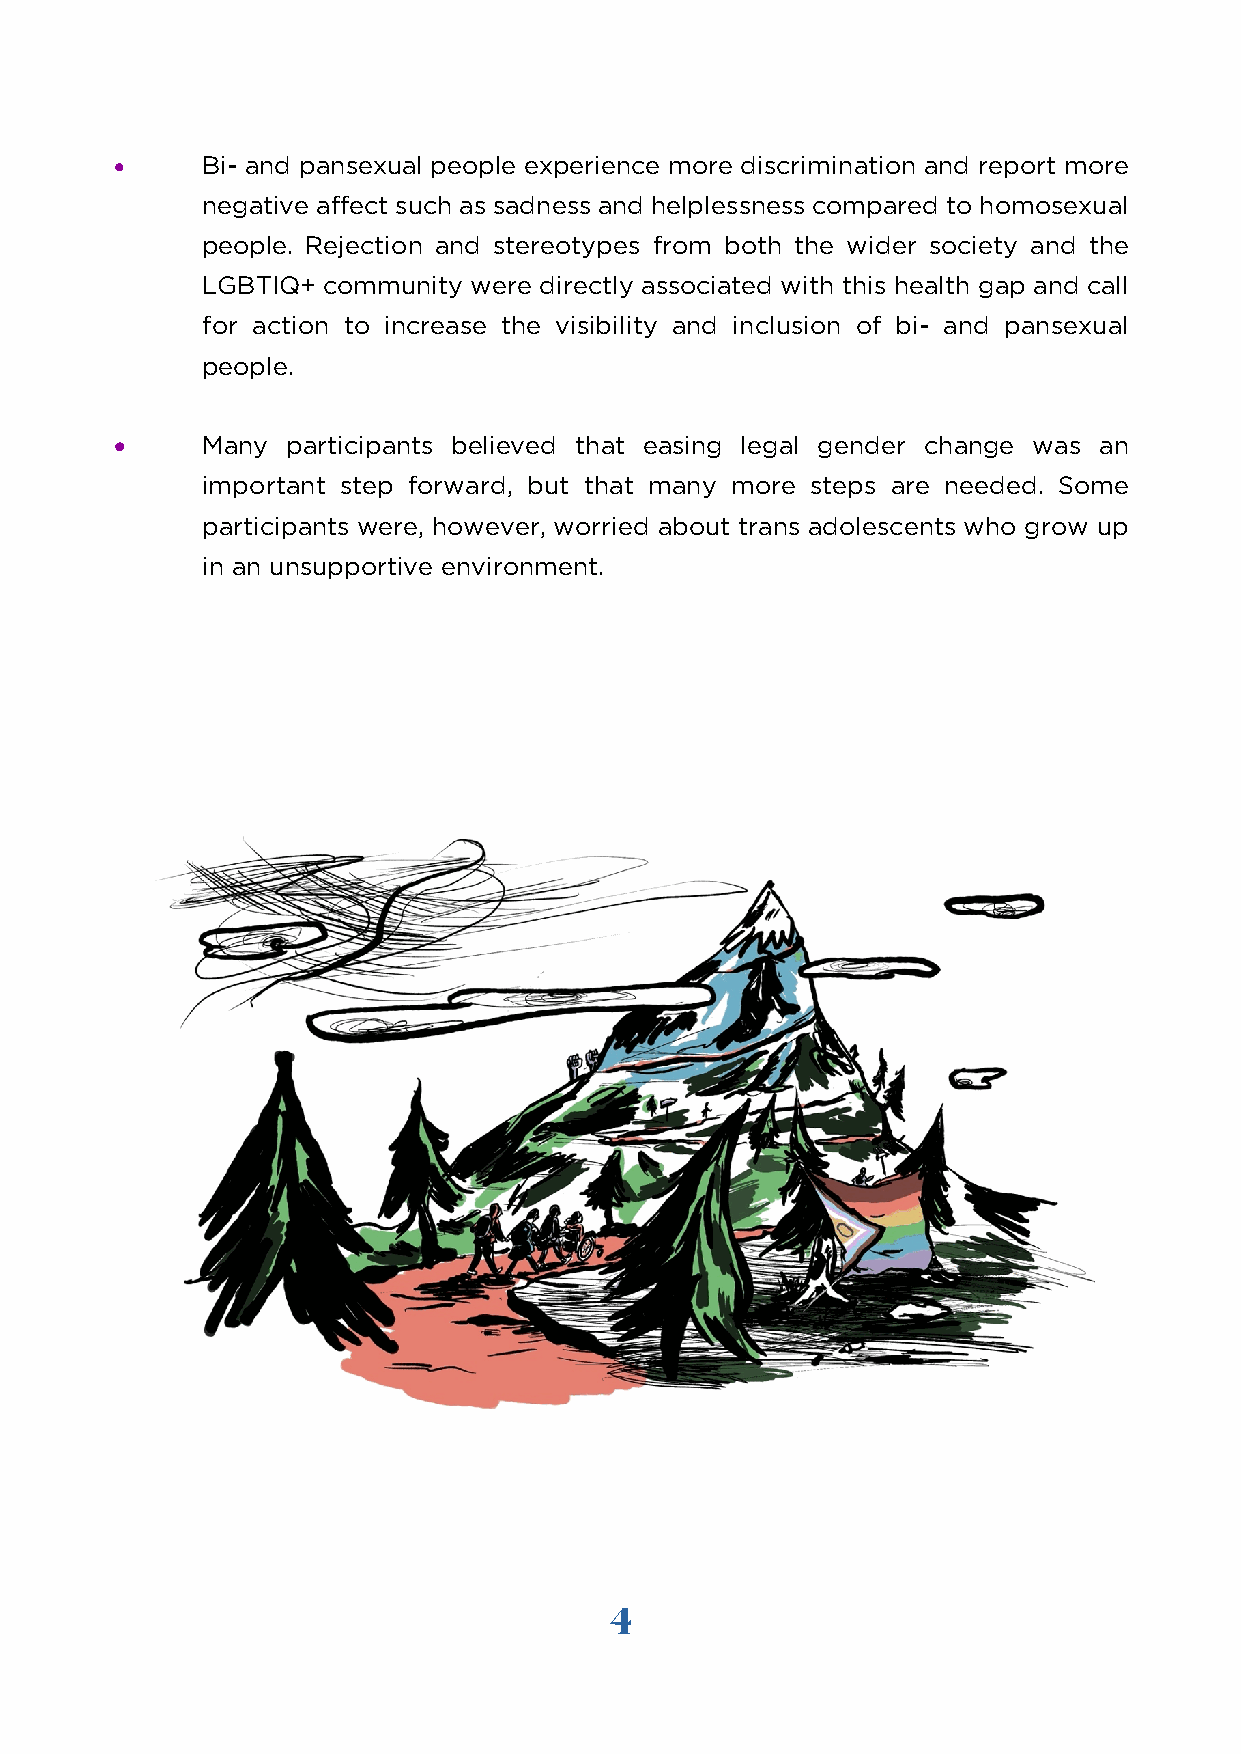
•    Bi- and pansexual people experience more discrimination and report more
 negative affect such as sadness and helplessness compared to homosexual
 people. Rejection and stereotypes from both the wider society and the
 LGBTIQ+ community were directly associated with this health gap and call
 for action to increase the visibility and inclusion of bi- and pansexual
 people.
 •    Many  participants believed that easing legal gender change was an
 important step forward, but that many more steps are needed. Some
 participants were, however, worried about trans adolescents who grow up
 in an unsupportive environment.
 4